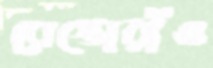
রেস্তোরাঁও